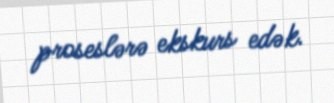
proseslərə ekskurs edək.